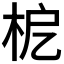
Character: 𣐖